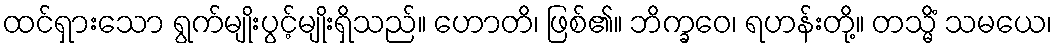
ထင်ရှားသော ရွက်မျိုးပွင့်မျိုးရှိသည်။ ဟောတိ၊ ဖြစ်၏။ ဘိက္ခဝေ၊ ရဟန်းတို့။ တသ္မိံ သမယေ၊